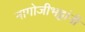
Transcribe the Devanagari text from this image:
नागोजीभट्टांनी